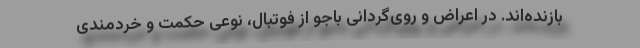
بازنده‌اند. در اعراض و روی‌گردانی باجو از فوتبال، نوعی حکمت و خردمندی